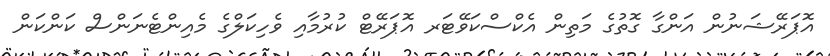
އޮޕަރޭޝަނުން އަންގާ ގޮތުގެ މަތިން އެކްސްކަވޭޓަރ އޮޕަރޭޓް ކުރުމާއި ވެހިކަލްގެ މެއިންޓެނަންސް ކަންކަން